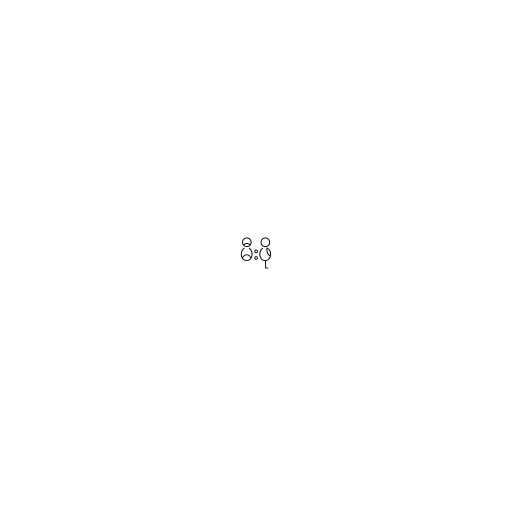
မီးဖို